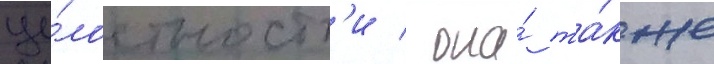
це́лостност'и / она́ та́кже